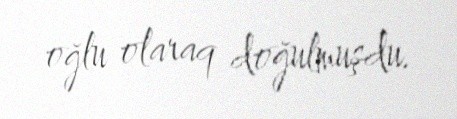
oğlu olaraq doğulmuşdu.